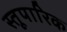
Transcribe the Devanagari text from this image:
स्तूपारिक